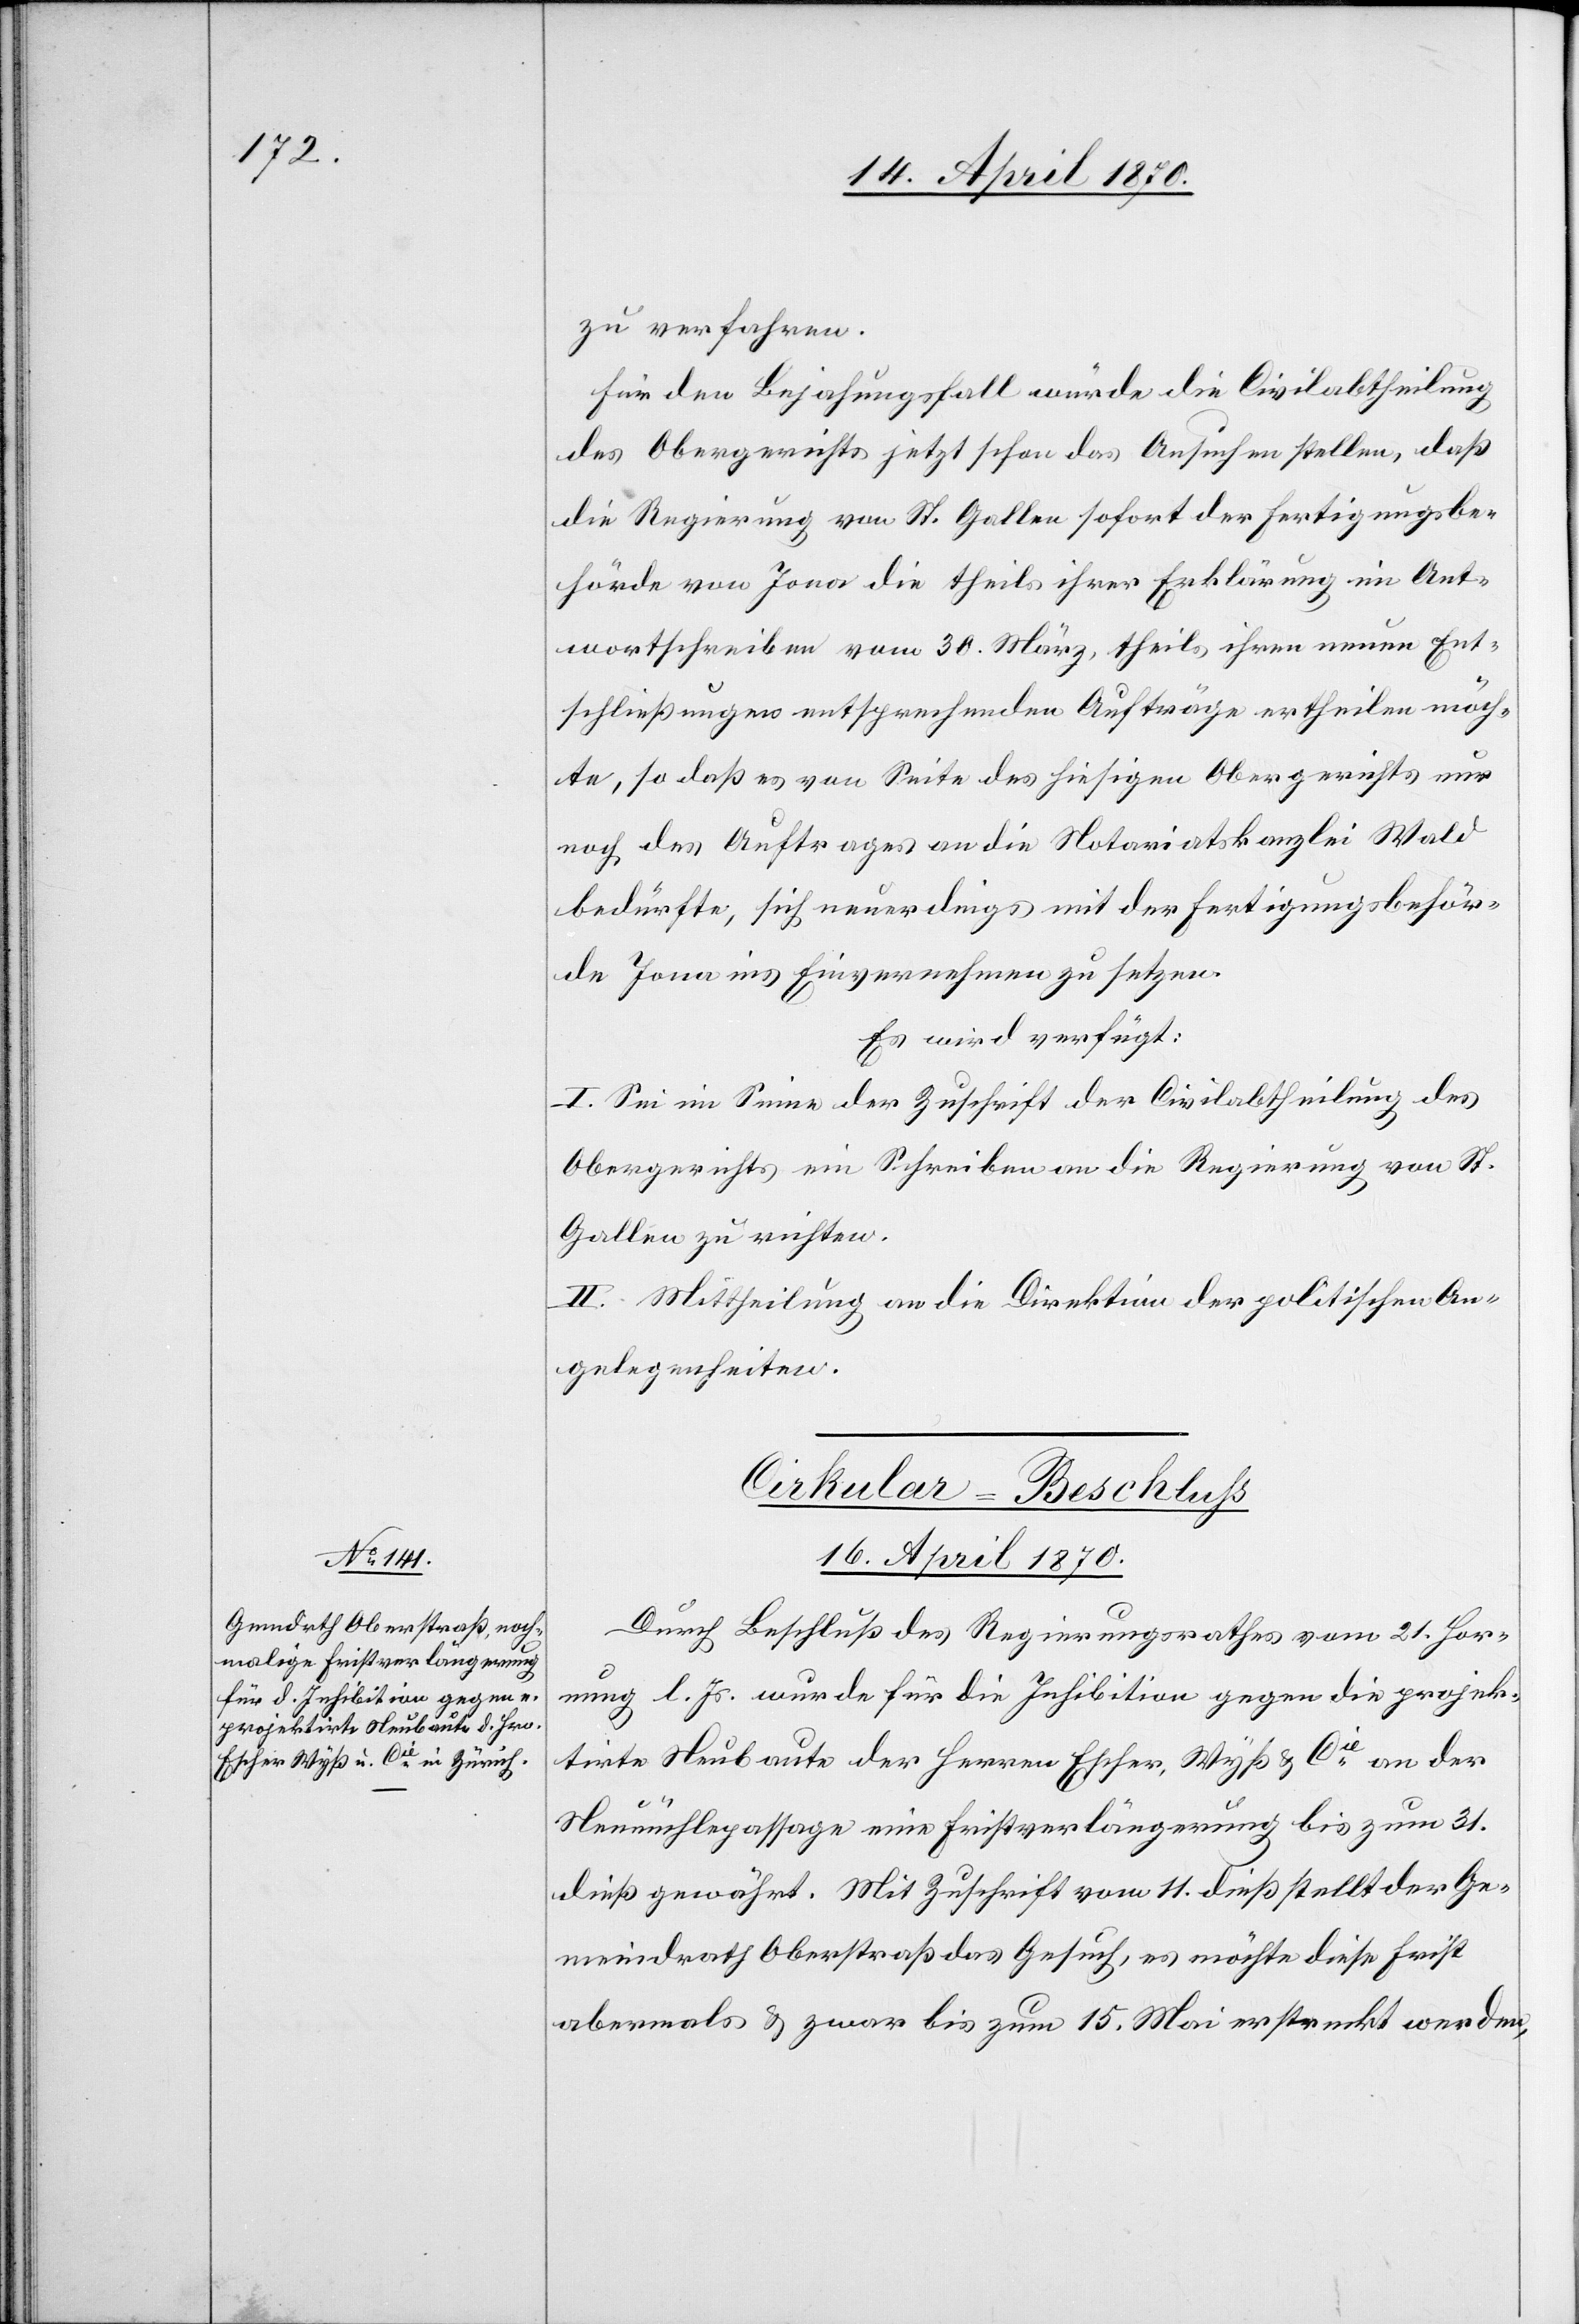
zu verfahren.
Für den Bejahungsfall würde die Civilabtheilung
des Obergerichts jetzt schon das Ansuchen stellen, daß
die Regierung von St. Gallen sofort der Fertigungsbe¬
hörde von Jona die theils ihrer Erklärung im Ant¬
wortschreiben vom 30. März, theils ihren neuen Ent¬
schließungen entsprechenden Aufträge ertheilen möch¬
te, so daß es von Seite des hiesigen Obergerichts nur
noch des Auftrages an die Notariatskanzlei Wald
bedürfte, sich neuerdings mit der Fertigungsbehör¬
de Jona ins Einvernehmen zu setzen.
Es wird verfügt:
I. Sei im Sinne der Zuschrift der Civilabtheilung des
Obergerichts ein Schreiben an die Regierung von St.
Gallen zu richten.
II. Mittheilung an die Direktion der politischen An¬
gelegenheiten.
Cirkular-Beschluß
16. April 1870.
Durch Beschluß des Regierungsrathes vom 21. Hor¬
nung l. Js. wurde für die Inhibition gegen die projek¬
tirte Neubaute der Herren Escher, Wyß & Cie an der
Neumühlepassage eine Fristverlängerung bis zum 31.
dieß gewährt. Mit Zuschrift vom 11. dieß stellt der Ge¬
meindrath Oberstraß das Gesuch, es möchte diese Frist
abermals & zwar bis zum 15. Mai erstreckt werden,